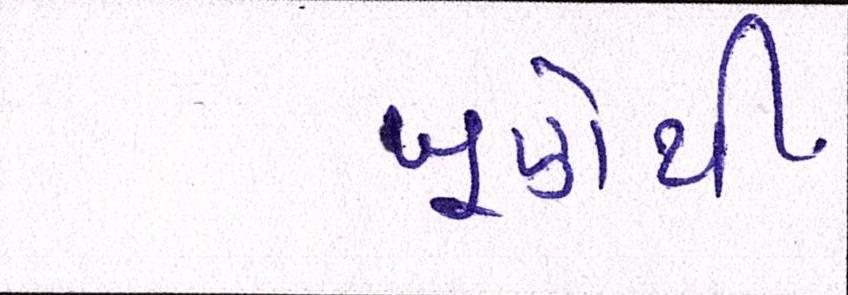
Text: ખૂણેથી